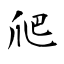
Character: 爬